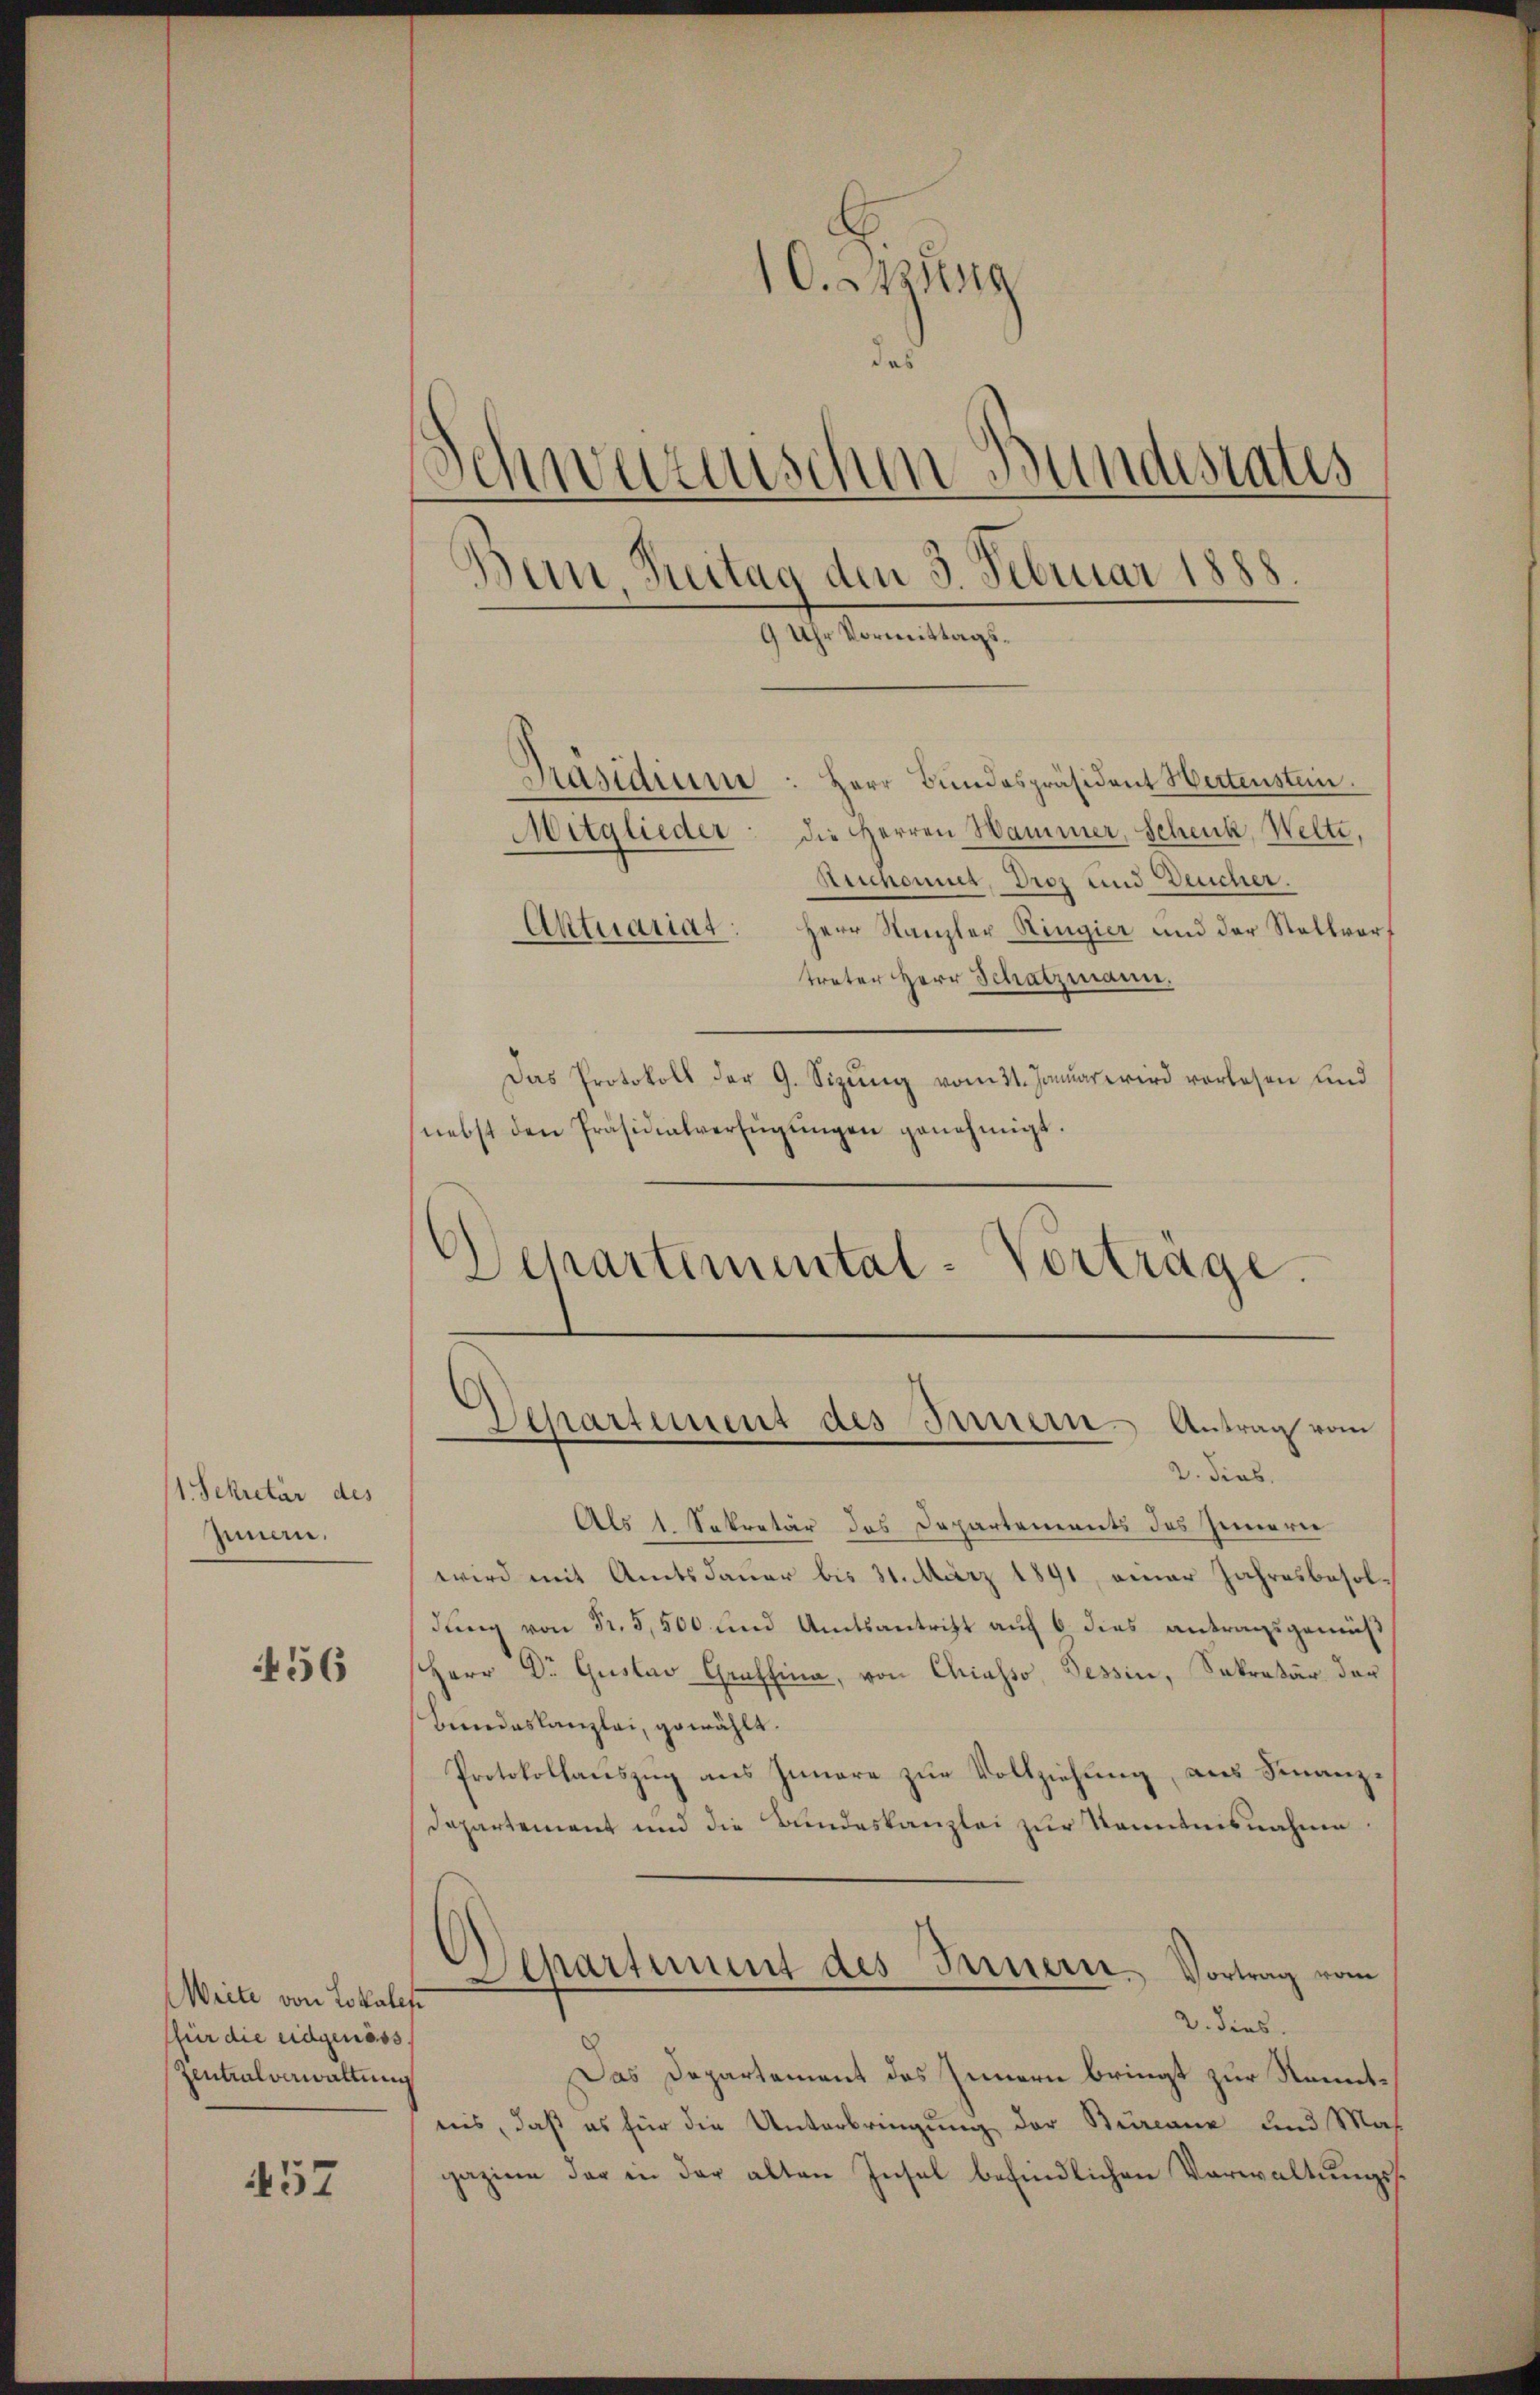
(1. Sekretär des
Innen.

56

Weite von Lokales
(für die eidgenöss
Zentralverwaltung

457

10. Sitzung
das
Schwarzischen Bundesrates
.
Bern, Zeitag den 3. Februar 1888
e
9 Uhr Vormittags¬
Präsidium
Herr Bundespräsident Hertenstein.
Mitglieder: die Herren Hammer, Schenk, Welte.
Ruchonnet, Droz und Deucher.
Aktuariat: Herr Kanzler Ringier und der Stallvor¬

treter Herr Schatzmann.
Das Protokoll der G. Sizŭng vom 31. Januar wird vorlesen und
(nebst den Präsidialverfügŭngen genehmigt
Schartemental-Vorträge.

.
Spartement des Innern Antrag vom

2. Sies.
Als 1. Sekretär des Departements des Innern
wird mit Amtsdauer bis 31. März 1891, einer Jahresbesoldung von Fr. 5,500 und Amtsantritt auf 6 dies antragsgemäß
Herr Dr. Gustav Graffina, von Chiasso, Tessin, Sekretär der
Bundeskanzlei, gewählt.
Protokollauszug aus Innere zur Vollziehung, aus Finanz¬
Dapartement und die Bundeskanzlei zur Kenntnisnahme
Departiment des Innern. Vortrag vom
2. dies
Das Departement des Innern bringt zur Kenntnis, daß es für die Unterbringung der Burcane und Mas
gazine der in der alten Insel befindlichen Verwaltungss¬